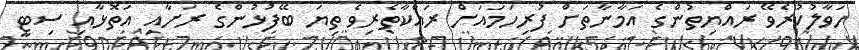
ހަވާލުކުރެވޭ ރައްޔިތުންގެ އަމާނާތަށް ފުރިހަމައަށް ރައްކާތެރިވެ ތިޔަ ބޭފުޅުންގެ ރަށާއި އަތޮޅާއި ސިޓީ